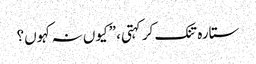
ستارہ تنک کر کہتی، ”کیوں نہ کہوں؟